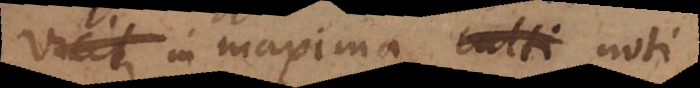
vicit in maxima culti noti